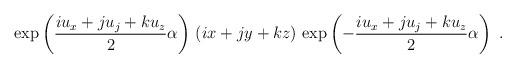
LaTeX: \begin{align*}\exp \left( \frac{iu_x+ju_j+ku_z}{2} \alpha \right)\, \left(ix+jy+kz \right)\, \exp \left( -\frac{iu_x+ju_j+ku_z}{2} \alpha \right)~.\end{align*}